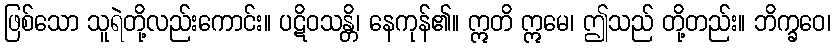
ဖြစ်သော သူရဲတို့လည်းကောင်း။ ပဋိဝသန္တိ၊ နေကုန်၏။ ဣတိ ဣမေ၊ ဤသည် တို့တည်း။ ဘိက္ခဝေ၊